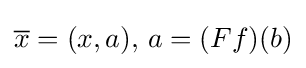
{\overline {x}}=(x,a),\,a=(Ff)(b)